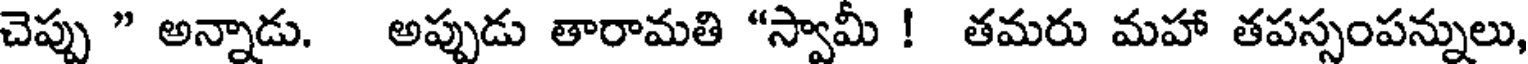
చెప్పు " అన్నాడు. అప్పుడు తారామతి "స్వామీ ! తమరు మహా తపస్సంపన్నులు,